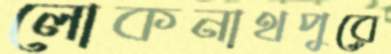
লোকনাথপুরে